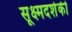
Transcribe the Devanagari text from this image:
सूक्ष्मदर्शकी